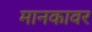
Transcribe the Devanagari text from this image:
मानकावर